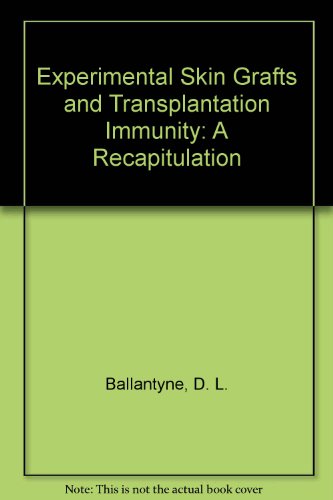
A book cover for Experimental Skin Grafts and Transplantation Immunity: A Recapitulation; D. L. Ballantyne; Medical Books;